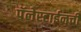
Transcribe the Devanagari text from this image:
पॅलेस्टाईनची